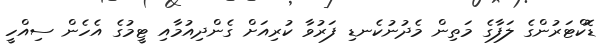
ޑޮކްޓަރުންގެ ލަފާގެ މަތިން މެދުނުކެނޑި ފަރުވާ ކުރިއަށް ގެންދިއުމާއި ޓީމުގެ އެހެން ސިއްހީ